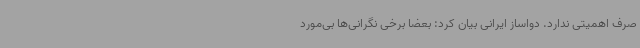
صرف اهمیتی ندارد. دواساز ایرانی بیان کرد: بعضا برخی نگرانی‌ها بی‌مورد